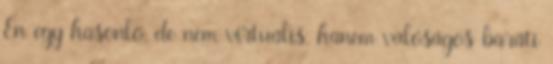
Én egy hasonló, de nem virtuális, hanem valóságos baráti